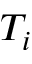
T _ { i }